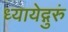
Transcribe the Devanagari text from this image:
ध्यायेद्गुरुं